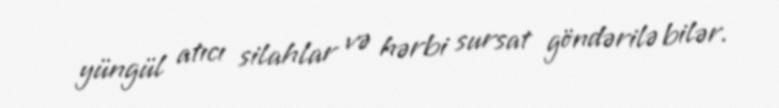
yüngül atıcı silahlar və hərbi sursat göndərilə bilər.